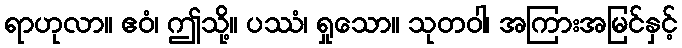
ရာဟုလာ။ ဧဝံ၊ ဤသို့။ ပဿံ၊ ရှုသော။ သုတဝါ၊ အကြားအမြင်နှင့်